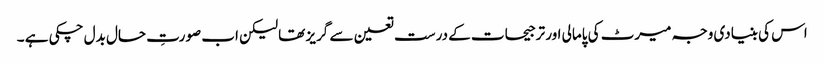
اس کی بنیادی وجہ میرٹ کی پامالی اور ترجیحات کے درست تعین سے گریز تھا لیکن اب صورتِ حال بدل چکی ہے ۔